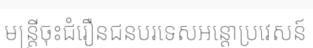
មន្ត្រីចុះជំរឿនជនបរទេសអន្តោប្រវេសន៍